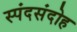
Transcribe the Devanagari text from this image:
स्पंदसंदोह